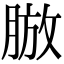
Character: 𦜍